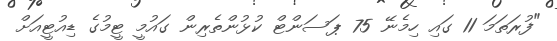
"ފުރަތަމަ 11 ގައި ހިމެނޭ 75 ޕަސަންޓް ކުޅުންތެރިން ގައުމީ ޓީމުގެ ޑިއުޓީއަށް